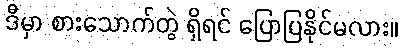
ဒီမှာ စားသောက်တွဲ ရှိရင် ပြောပြနိုင်မလား။